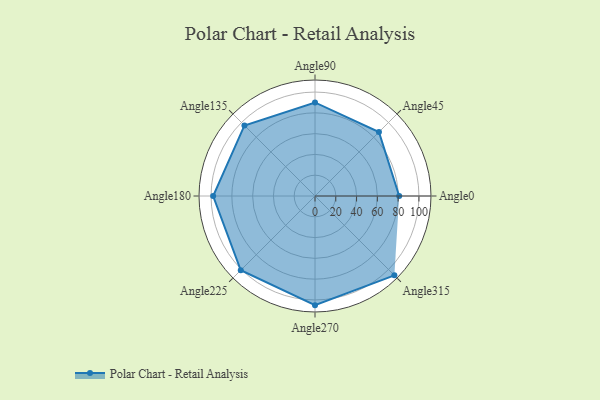
{"axis": {"x": "Angle", "y": "Radius"}, "legend": [""], "data": [{"x": "Angle0", "y": 81.0, "type": ""}, {"x": "Angle45", "y": 87.0, "type": ""}, {"x": "Angle90", "y": 90.0, "type": ""}, {"x": "Angle135", "y": 96.0, "type": ""}, {"x": "Angle180", "y": 98.0, "type": ""}, {"x": "Angle225", "y": 101.0, "type": ""}, {"x": "Angle270", "y": 105.0, "type": ""}, {"x": "Angle315", "y": 108.0, "type": ""}]}